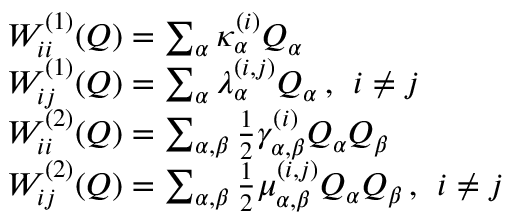
\begin{array} { r l } & { W _ { i i } ^ { ( 1 ) } ( Q ) = \sum _ { \alpha } \kappa _ { \alpha } ^ { ( i ) } Q _ { \alpha } } \\ & { W _ { i j } ^ { ( 1 ) } ( Q ) = \sum _ { \alpha } \lambda _ { \alpha } ^ { ( i , j ) } Q _ { \alpha } \, , \; \, i \neq j } \\ & { W _ { i i } ^ { ( 2 ) } ( Q ) = \sum _ { \alpha , \beta } \frac { 1 } { 2 } \gamma _ { \alpha , \beta } ^ { ( i ) } Q _ { \alpha } Q _ { \beta } } \\ & { W _ { i j } ^ { ( 2 ) } ( Q ) = \sum _ { \alpha , \beta } \frac { 1 } { 2 } \mu _ { \alpha , \beta } ^ { ( i , j ) } Q _ { \alpha } Q _ { \beta } \, , \; \, i \neq j } \end{array}